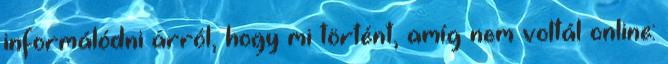
informálódni arról, hogy mi történt, amíg nem voltál online: